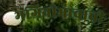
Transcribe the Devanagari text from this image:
भगिनीभावाची